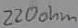
Text: 220ohm